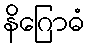
နိဂြောဓံ